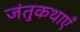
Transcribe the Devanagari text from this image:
जंतुकथाएँ